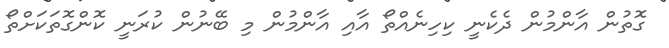
ގޮތުން އާންމުން ދެކެނީ ކިހިނެއްތޯ އާއި އާންމުން މި ބޭނުން ކުރަނީ ކޮންގޮތަކަށްތޯ